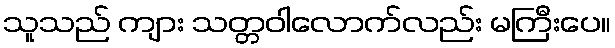
သူသည် ကျား သတ္တဝါလောက်လည်း မကြီးပေ။